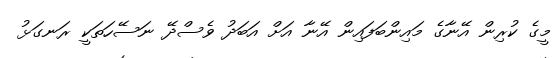
މީގެ ކުރިން އޭނާގެ މައިންބަފައިން އޭނާ އަށް އަބަދު ވެސްދޭ ނަސޭހަތަކީ ރަނގަޅު